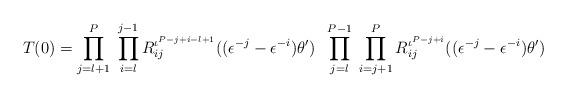
LaTeX: \begin{align*} T(0) = \prod_{j=l+1}^{P} \; \prod_{i=l}^{j-1} R_{ij}^{\iota^{P-j+i-l+1}}((\epsilon^{-j}-\epsilon^{-i})\theta') \;\; \prod_{j=l}^{P-1} \; \prod_{i=j+1}^{P} R_{ij}^{\iota^{P-j+i}}((\epsilon^{-j}-\epsilon^{-i})\theta')\end{align*}